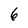
Character: 6